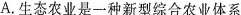
A. 生态农业是一种新型综合农业体系